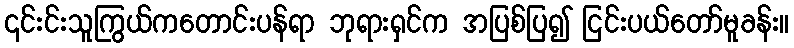
၎င်းင်းသူကြွယ်ကတောင်းပန်ရာ ဘုရားရှင်က အပြစ်ပြ၍ ငြင်းပယ်တော်မူခန်း။